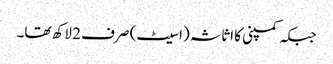
جبکہ کمپنی کا اثاثہ (اسیٹ) صرف 2 لاکھ تھا۔